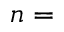
n =